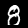
Label: 8